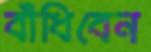
বাঁধিবেন